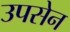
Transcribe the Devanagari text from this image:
उपसेन